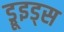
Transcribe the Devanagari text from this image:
ड्रूइड्स